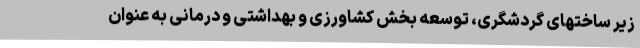
زیر ساختهای گردشگری، توسعه بخش کشاورزی و بهداشتی و درمانی به عنوان